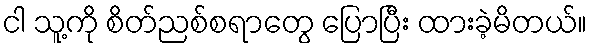
ငါ သူ့ကို စိတ်ညစ်စရာတွေ ပြောပြီး ထားခဲ့မိတယ်။